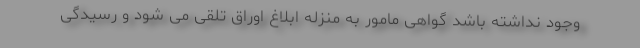
وجود نداشته باشد گواهی مامور به منزله ابلاغ اوراق تلقی می شود و رسیدگی